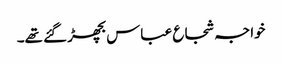
خواجہ شجاع عباس بچھڑ گئے تھے۔